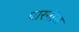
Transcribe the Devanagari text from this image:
पारनीस